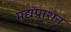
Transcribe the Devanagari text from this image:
मद्यप्राशन